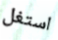
استغل